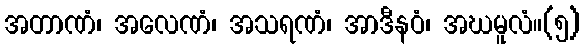
အတာဏံ၊ အလေဏံ၊ အသရဏံ၊ အာဒီနဝံ၊ အဃမူလံ။(၅)